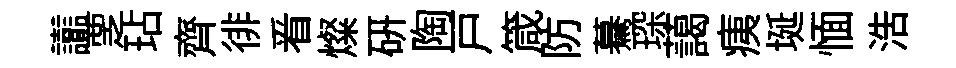
讟覂玷齊徘㸔燦硏陶戸箴防驀琛藹痍埏愐浩